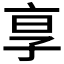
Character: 𬽊